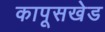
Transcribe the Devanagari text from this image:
कापूसखेड